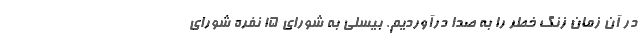
در آن زمان زنگ خطر را به صدا درآوردیم. بیسلی به شورای 15 نفره شورای